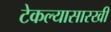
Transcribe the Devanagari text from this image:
टेकल्यासारखी